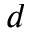
d